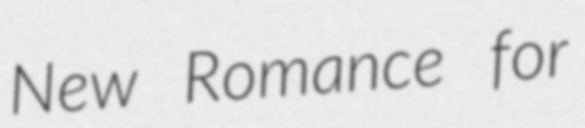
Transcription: New Romance for